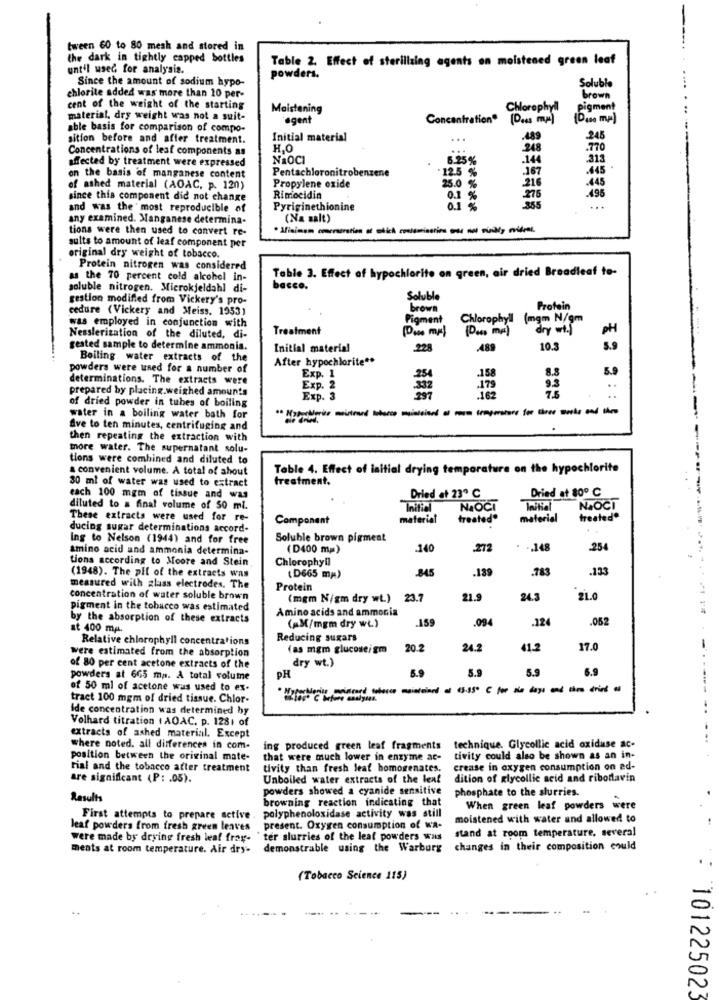
tween 60 to 80 mesh and stored in
the dark in tightly capped bottles
Table 2. Effect of sterilizing agents on moistened green leaf
until used for analysis.
Since the amount of sodium hypo-
powders.
Soluble
chlorite added was more than 10 per-
brown
cent of the weight of the starting
Maistening
Chlorophyll
Pigment
material, dry weight was not a suit-
agent
Concentration® (D .. s mm)
able basis for comparison of compo-
sition before and after treatment.
Initial material
...
.489
.245
Concentrations of leaf components as
H.O
248
.770
affected by treatment were expressed
NAOCI
6.25%
.144
.313
Pentachloronitrobenzene
12.5 %
.167
.445
on the basis of manganese content
.216
.445
of ashed material (AOAC, p. 120)
Propylene oxide
25.0 %
.495
since this component did not change
Rimocidia
0.1 %
275
365
and was the most reproducible of
Pyriginethionine
0.1 %
any examined. Manganese determina-
(Na salt)
tions were then used to convert re-
sults to amount of leaf component per
original dry weight of tobacco.
Protein nitrogen was considered
Table 3. Effect of hypochlorite on green, air dried Breadleaf to-
as the 70 percent cold alcohol in-
soluble nitrogen. Microkjeldahl di-
bacco .
gestion modified from Vickery's pro-
Soluble
cedure (Vickery and Meiss. 1953)
brown
Protein
Pigment
Chlorophyll
(mgm N/gm
was employed in conjunction with
Treatment
(Po .. ma)
dry wt.
PH
Nesslerization of the diluted, di-
gested sample to determine ammonia.
Initial material
228
.489
10.3
5.9
Boiling water extracts of the
After hypochlorite **
powders were used for a number of
5.9
determinations. The extracts were
Exp. 1
254
.158
8.8
prepared by placing.weighed amounts
Exp. 2
332
179
93
7.5
..
Exp. 3
.162
..
of dried powder in tubes of boiling
water in a boiling water bath for
Ave to ten minutes, centrifuging and
then repeating the extraction with
more water. The supernatant solu-
tions were combined and diluted to
a convenient volume. A total of shout
Table 4. Effect of initial drying temporature on the hypochlorite
30 ml of water was used to extract
treatment.
Dried at 80º C
each 100 mgm of tissue and was
Dried at 23º C
diluted to a final volume of 50 ml.
Initial
NAOCI
Initial
NAOCI
These extracts were used for re-
Component
material
treated"
material
treated"
ducing sugar determinations accord-
Ing to Nelson (1944) and for free
Soluble brown pigment
amino acid and ammonia determina-
(D400 mm)
.140
-272
. .. 148
254
tions according to Moore and Stein
Chlorophyll
845
.139
.783
.133
(1948). The pli of the extracts was
(D665 mm)
measured with glass electrodes. The
Protein
concentration of water soluble brown
(mgm N/gm dry wt.) 23.7
21.9
24.3
21.0
pigment in the tobacco was estimated
by the absorption of these extracts
Amino acids and ammonia
(AM/mgm dry wi.)
.159
.094
.052
at 400 mg.
Relative chlorophyll concentrations
Reducing sugars
(as mgm glucoseigm
20.2
24.2
$1.2
17.0
were estimated from the absorption
dry wt.)
of 80 per cent acetone extracts of the
DH
6.9
5.9
5.9
6.9
powders at 665 mas. A total volume
of 50 ml of acetone was used to ex.
tract 100 mgm of dried tissue. Chlor-
Ide concentration was determined by
Volhard titration ( AOAC. p. 1281 of
extracts of ashed material. Except
where noted. all differences in com-
ing produced green leaf fragments technique. Glycollic acid oxiduse ac-
position between the original mate-
that were much lower in enzyme ac-
tivity could also be shown as an in-
rial and the tobacco after treatment
tivity than fresh leaf homogenates.
crease in oxygen consumption on ad-
are significant (P : . 05).
Unboiled water extracts of the leaf
dition of glycollic acid and riboflavin
powders showed a cyanide sensitive
phosphate to the slurries.
Results
browning reaction indicating that
When green leaf powders were
First attempts to prepare active . polyphenoloxidase activity was still
moistened with water and allowed to
leaf powders from fresh green leaves present. Oxygen consumption of Wa-
stand at room temperature, several
were made by drying fresh leaf frag- "ter slurries of the lead powders was
ments at room temperature. Air dry-
demonstrable using the Warburg
changes in their composition could
(Tobacco Science 115)
101225023